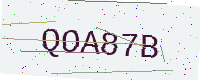
Text: QOA87B